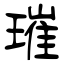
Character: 璀